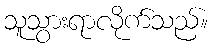
သူသွားရာလိုက်သည်။